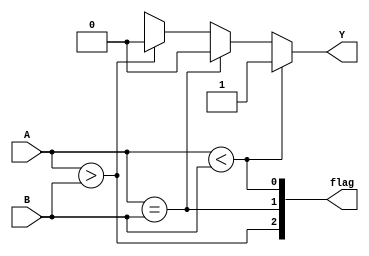
module comparator(
    input [3:0] A,
    input [3:0] B,
    output [2:0] flag,
    output Y
);

reg LT, EQ, GT;

assign flag = {GT, EQ, LT};
assign Y = LT ? 1'b1 : EQ ? 1'b0 : GT ? 1'b0 : 1'bX;

always @* begin
    LT = (A < B);
    EQ = (A == B);
    GT = (A > B);
end

endmodule